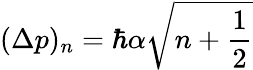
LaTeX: (\Delta p)_{n}=\hbar\alpha\sqrt{n+\frac{1}{2}}